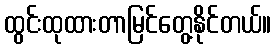
ထွင်းထုထားတာမြင်တွေ့နိုင်တယ်။